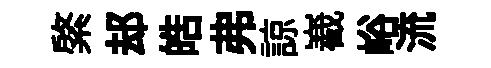
綮𨚫皓弗諒嶻峪流